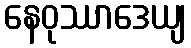
နေဝုဿာဒေယျ